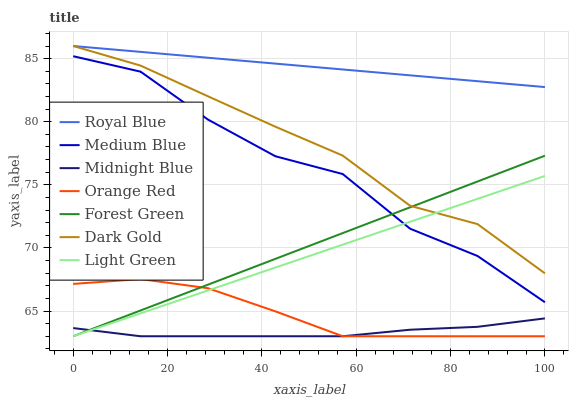
| xaxis_label | Royal Blue | Medium Blue | Midnight Blue | Orange Red | Forest Green | Dark Gold | Light Green |
 | --- | --- | --- | --- | --- | --- | --- | --- |
 | 0 | 86 | 85.2 | 63.6 | 67.1 | 63 | 86 | 63 |
 | 14.3 | 85.5 | 84 | 63 | 67.5 | 65 | 84.4 | 64.8 |
 | 28.6 | 85.1 | 80.2 | 63 | 66.8 | 67.1 | 82 | 66.6 |
 | 42.9 | 84.6 | 77.3 | 63 | 65 | 69.1 | 79.6 | 68.4 |
 | 57.1 | 84.1 | 75.9 | 63 | 63 | 71.2 | 77.3 | 70.3 |
 | 71.4 | 83.7 | 71.5 | 63.5 | 63 | 73.2 | 73.3 | 72.1 |
 | 85.7 | 83.2 | 69.4 | 63.7 | 63 | 75.3 | 71.9 | 73.9 |
 | 100 | 82.7 | 65.7 | 64.4 | 63 | 77.3 | 68 | 75.7 |